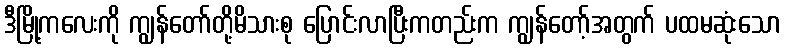
ဒီမြို့ကလေးကို ကျွန်တော်တို့မိသားစု ပြောင်းလာပြီးကတည်းက ကျွန်တော့်အတွက် ပထမဆုံးသော